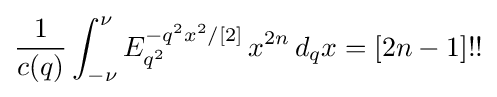
{\frac {1}{c(q)}}\int _{-\nu }^{\nu }E_{q^{2}}^{-q^{2}x^{2}/[2]}\,x^{2n}\,d_{q}x=[2n-1]!!